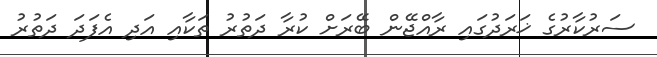
ސަރުކާރުގެ ޚަރަދުގައި ރާއްޖޭން ބޭރަށް ކުރާ ދަތުރު ތަކާއި އަދި އެފަދަ ދަތުރު